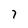
Character: 7